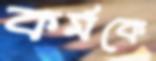
কর্মকে